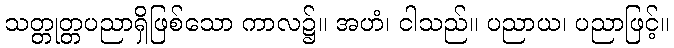
သတ္တုတ္တပညာရှိဖြစ်သော ကာလ၌။ အဟံ၊ ငါသည်။ ပညာယ၊ ပညာဖြင့်။